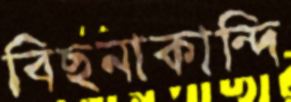
বিছনাকান্দি